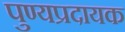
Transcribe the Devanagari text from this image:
पुण्यप्रदायक